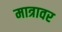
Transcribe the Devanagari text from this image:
मात्रावर